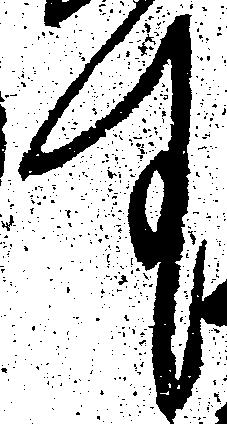
す